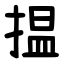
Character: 揾